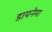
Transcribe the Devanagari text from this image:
डायनेमा